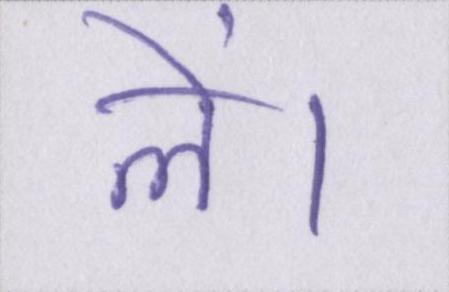
लें।